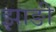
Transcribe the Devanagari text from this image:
झाङी